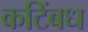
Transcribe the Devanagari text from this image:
कटिंबध